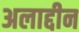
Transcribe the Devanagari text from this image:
अलाद्दीन